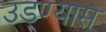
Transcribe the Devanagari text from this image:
उडण्यास